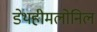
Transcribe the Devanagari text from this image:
डेथहीमलोनिल